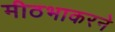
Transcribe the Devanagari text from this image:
मीठभाकरने